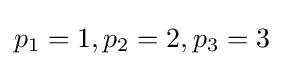
p_{1}=1,p_{2}=2,p_{3}=3